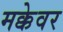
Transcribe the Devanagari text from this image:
मक्केवर